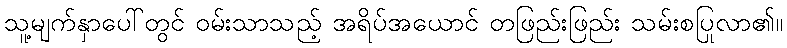
သူ့မျက်နှာပေါ်တွင် ဝမ်းသာသည့် အရိပ်အယောင် တဖြည်းဖြည်း သမ်းစပြုလာ၏။